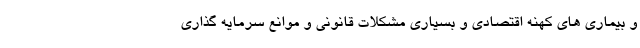
و بیماری های کهنه اقتصادی و بسیاری مشکلات قانونی و موانع سرمایه گذاری